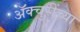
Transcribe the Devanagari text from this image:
ॲक्चुरींच्या